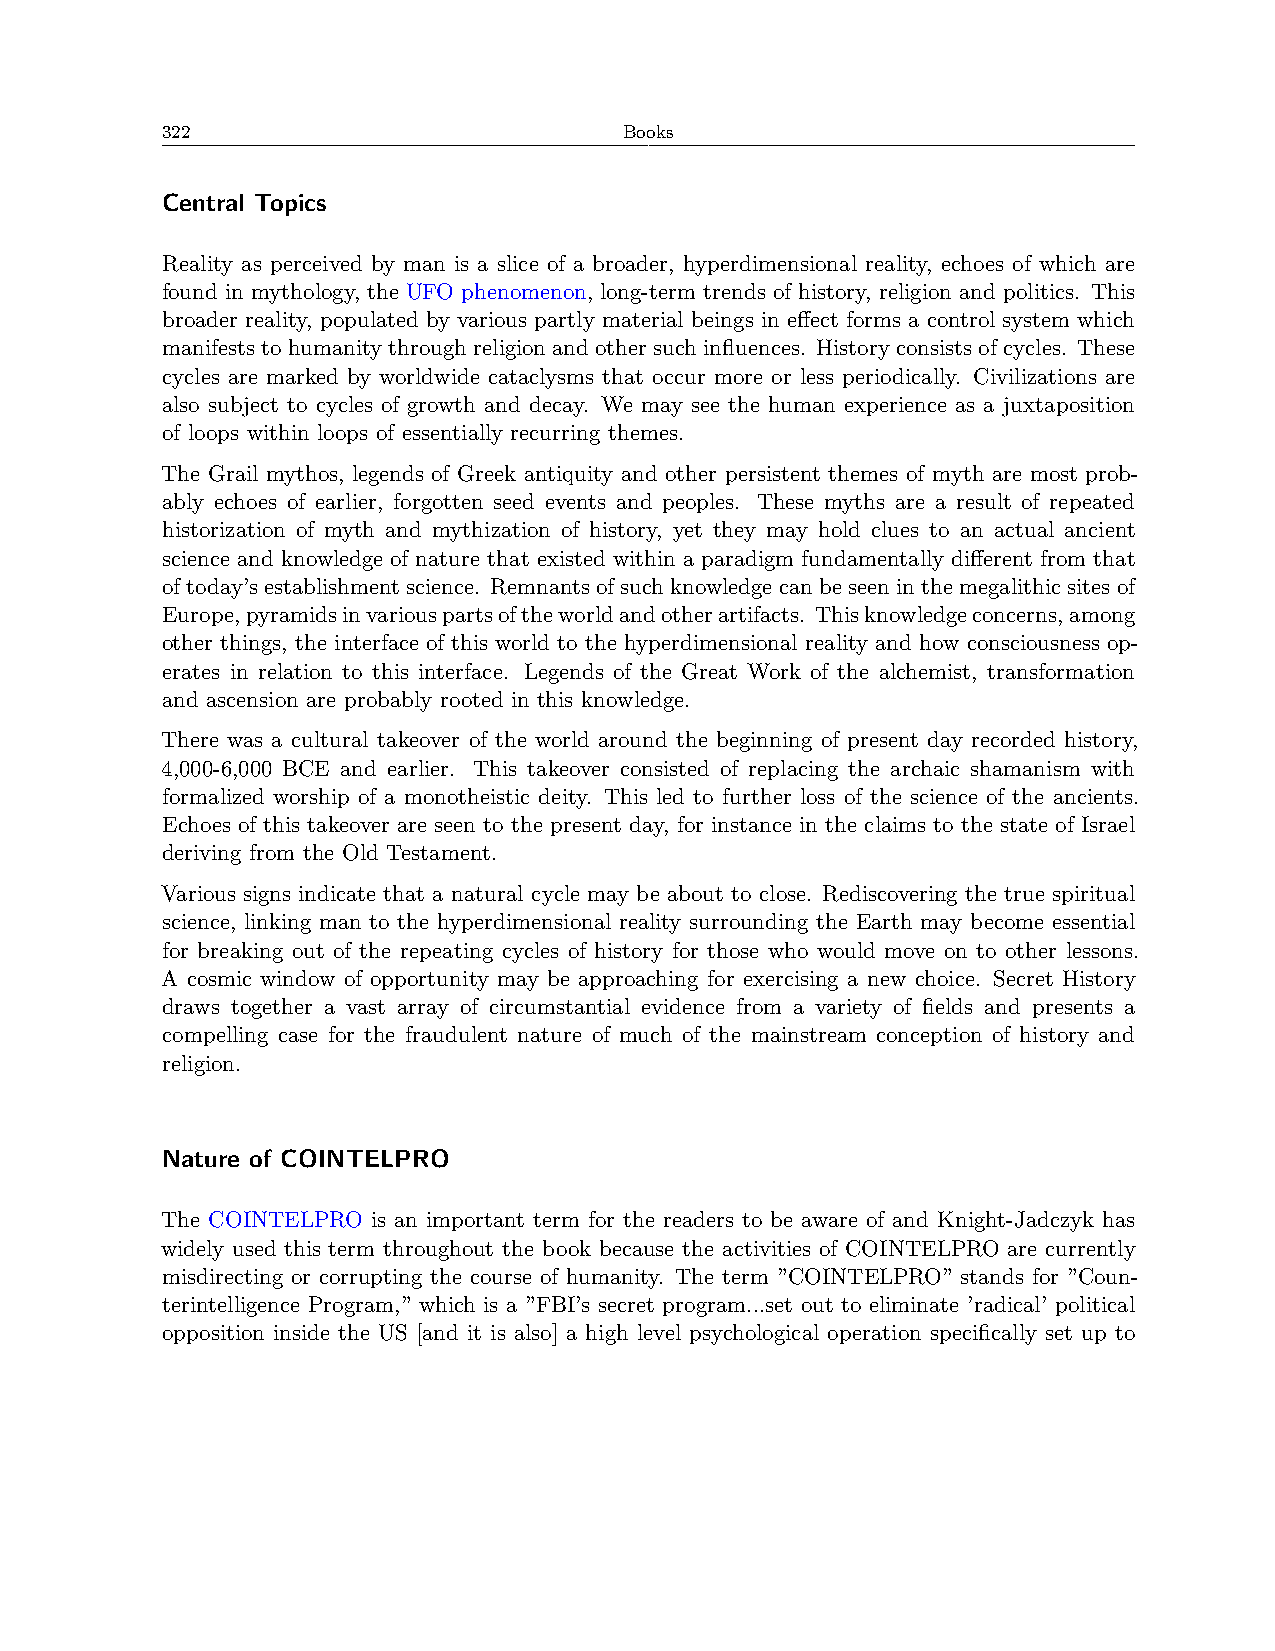
322                           Books
 Central Topics
 Reality as perceived by man is a slice of a broader, hyperdimensional reality, echoes of which are
 found in mythology, the UFO phenomenon, long-term trends of history, religion and politics. This
 broader reality, populated by various partly material beings in effect forms a control system which
 manifests to humanity through religion and other such influences. History consists of cycles. These
 cycles are marked by worldwide cataclysms that occur more or less periodically. Civilizations are
 also subject to cycles of growth and decay. We may see the human experience as a juxtaposition
 of loops within loops of essentially recurring themes.
 The Grail mythos, legends of Greek antiquity and other persistent themes of myth are most prob-
 ably echoes of earlier, forgotten seed events and peoples. These myths are a result of repeated
 historization of myth and mythization of history, yet they may hold clues to an actual ancient
 science and knowledge of nature that existed within a paradigm fundamentally different from that
 oftoday’sestablishmentscience. Remnantsofsuchknowledgecanbeseeninthemegalithicsitesof
 Europe,pyramidsinvariouspartsoftheworldandotherartifacts. Thisknowledgeconcerns,among
 other things, the interface of this world to the hyperdimensional reality and how consciousness op-
 erates in relation to this interface. Legends of the Great Work of the alchemist, transformation
 and ascension are probably rooted in this knowledge.
 There was a cultural takeover of the world around the beginning of present day recorded history,
 4,000-6,000 BCE and earlier. This takeover consisted of replacing the archaic shamanism with
 formalized worship of a monotheistic deity. This led to further loss of the science of the ancients.
 Echoes of this takeover are seen to the present day, for instance in the claims to the state of Israel
 deriving from the Old Testament.
 Various signs indicate that a natural cycle may be about to close. Rediscovering the true spiritual
 science, linking man to the hyperdimensional reality surrounding the Earth may become essential
 for breaking out of the repeating cycles of history for those who would move on to other lessons.
 A cosmic window of opportunity may be approaching for exercising a new choice. Secret History
 draws together a vast array of circumstantial evidence from a variety of fields and presents a
 compelling case for the fraudulent nature of much of the mainstream conception of history and
 religion.
 Nature of COINTELPRO
 The COINTELPRO is an important term for the readers to be aware of and Knight-Jadczyk has
 widely used this term throughout the book because the activities of COINTELPRO are currently
 misdirecting or corrupting the course of humanity. The term ”COINTELPRO” stands for ”Coun-
 terintelligence Program,” which is a ”FBI’s secret program...set out to eliminate ’radical’ political
 opposition inside the US [and it is also] a high level psychological operation specifically set up to